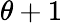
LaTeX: \theta+1